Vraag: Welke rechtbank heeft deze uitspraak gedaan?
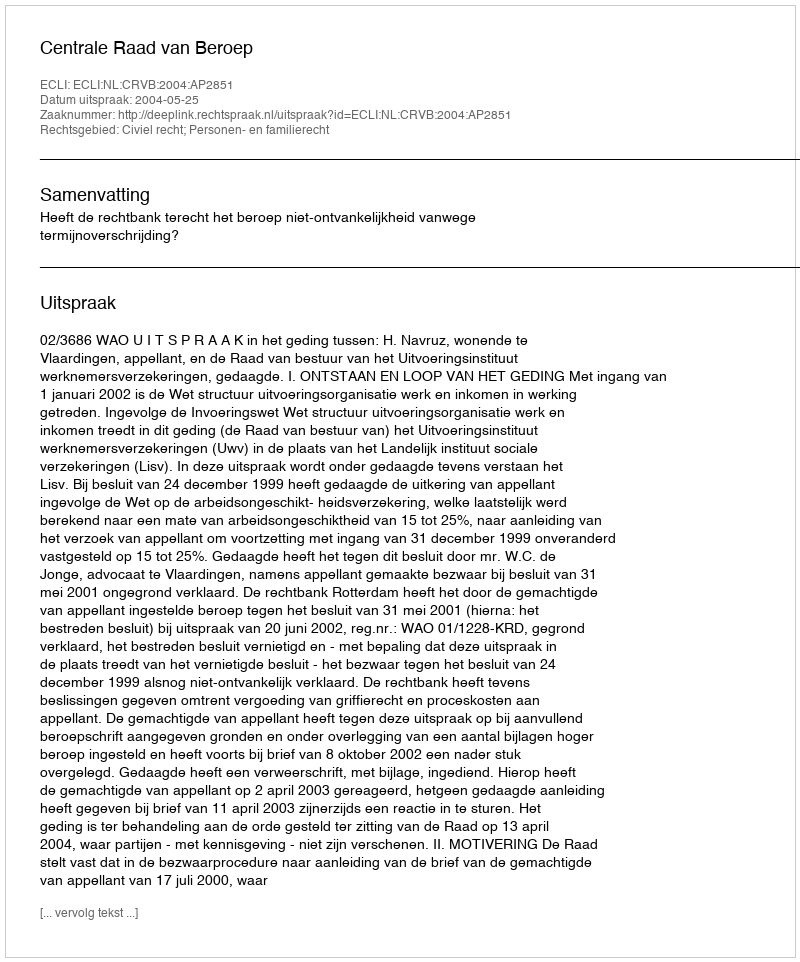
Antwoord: Centrale Raad van Beroep